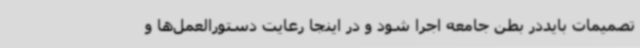
تصمیمات بایددر بطن جامعه اجرا شود و در اینجا رعایت دستورالعمل‌ها و